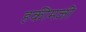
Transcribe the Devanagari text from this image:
हकीमजी